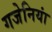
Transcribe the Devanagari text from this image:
गजेनियां